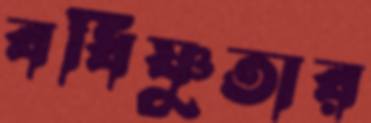
বর্ধিষ্ণুতার